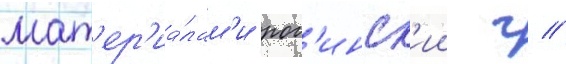
мат'ер'иа́лам'и рог'инск'ии г //